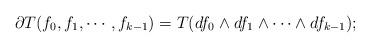
LaTeX: \begin{align*} \partial T(f_0,f_1,\cdots, f_{k-1}) = T(df_0\wedge df_1\wedge\cdots\wedge df_{k-1}); \end{align*}